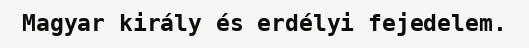
Magyar király és erdélyi fejedelem.